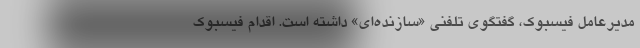
مدیرعامل فیسبوک، گفتگوی تلفنی «سازنده‌ای» داشته است. اقدام فیسبوک